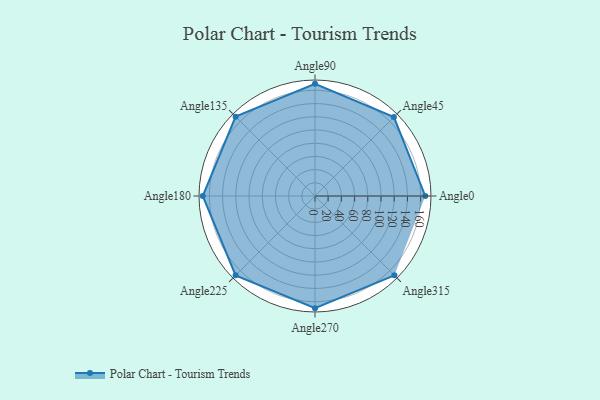
{"axis": {"x": "Angle", "y": "Radius"}, "legend": [""], "data": [{"x": "Angle0", "y": 167.0, "type": ""}, {"x": "Angle45", "y": 169.0, "type": ""}, {"x": "Angle90", "y": 170, "type": ""}, {"x": "Angle135", "y": 170, "type": ""}, {"x": "Angle180", "y": 170, "type": ""}, {"x": "Angle225", "y": 170, "type": ""}, {"x": "Angle270", "y": 170, "type": ""}, {"x": "Angle315", "y": 170, "type": ""}]}